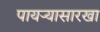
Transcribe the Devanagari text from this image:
पायऱ्यासारखा